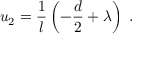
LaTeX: u _ { 2 } = \frac 1 l \left( - \frac { d } 2 + \lambda \right) ~ .